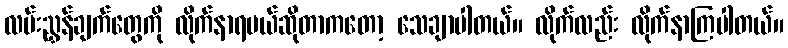
လမ်းညွှန်ချက်တွေကို လိုက်နာရမယ်ဆိုတာကတော့ သေချာပါတယ်။ လိုက်လည်း လိုက်နာကြပါတယ်။